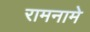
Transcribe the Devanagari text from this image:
रामनामे